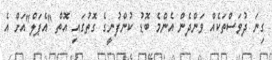
ގިނަ ދުވަސްތަކެއް ވަންދެން އެންމެ ބޮޑު ކުންފުނީގެ ގޮތުގައި އޮތް "އެޕަލް"އަށް އެ